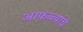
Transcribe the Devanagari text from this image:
आफळ्यांचे